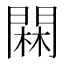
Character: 䦥